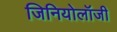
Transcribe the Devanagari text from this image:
जिनियोलॉजी